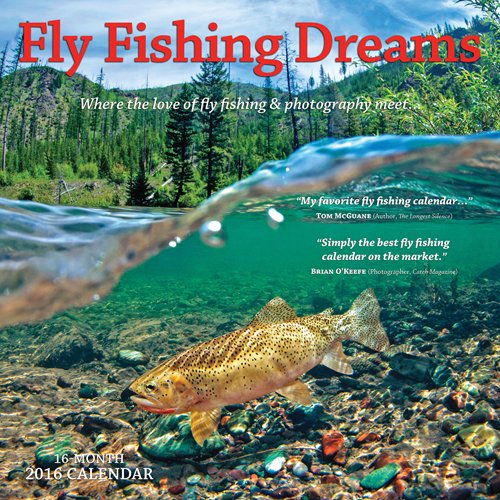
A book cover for Fly Fishing Dreams 2016 Square 12x12 Wyman; Browntrout Publishers; Calendars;